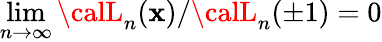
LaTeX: \operatorname*{lim}_{n\rightarrow\infty}{\calL}_{n}(\mathbf{x})/{\calL}_{n}(\pm1)=0